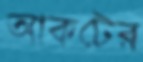
আকটের